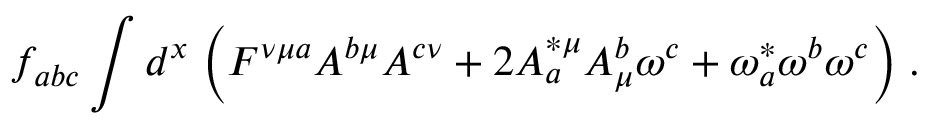
f _ { a b c } \int d ^ { x } \; \Big ( F ^ { \nu \mu a } A ^ { b \mu } A ^ { c \nu } + 2 A _ { a } ^ { * \mu } A _ { \mu } ^ { b } \omega ^ { c } + \omega _ { a } ^ { * } \omega ^ { b } \omega ^ { c } \Big ) \; .